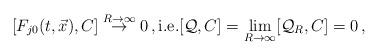
LaTeX: \begin{align*} [ F_{j0} (t,\vec{x}), C ] \overset{R \rightarrow \infty}{\rightarrow} 0 \, , \mbox{i.e.} [\mathcal{Q}, C ] =\lim_{R \rightarrow \infty}[\mathcal{Q}_R, C]=0 \, ,\end{align*}